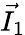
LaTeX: \vec{I_{1}}